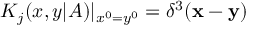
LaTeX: K _ { j } ( x , y | A ) | _ { x ^ { 0 } = y ^ { 0 } } = \delta ^ { 3 } ( { \bf x } - { \bf y } )